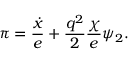
\pi = { \frac { \dot { x } } { e } } + { \frac { q ^ { 2 } } { 2 } } { \frac { \chi } { e } } \psi _ { 2 } .